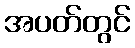
အပတ်တွင်